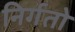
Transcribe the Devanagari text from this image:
निर्गतो